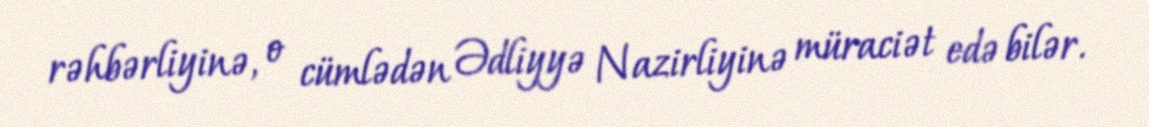
rəhbərliyinə, o cümlədən Ədliyyə Nazirliyinə müraciət edə bilər.